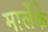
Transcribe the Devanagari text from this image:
मार्लेके